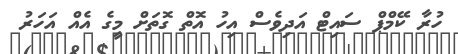
ހުރާ ކޭމްޕް ސައިޓް އަދިވެސް އިހު އޮތް ގޮތަށް މީގެ އެއް އަހަރު